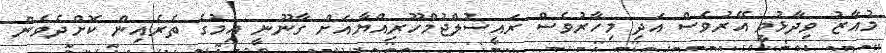
މުއާޒު ވިދާޅުވީ އޭރުވެސް އަދި މިހާރުވެސް ރައީސުލްޖުމްހޫރިއްޔާއަށް ގާނޫނީ އިމުގެ ތެރެއިން ކޮށްދެވެން